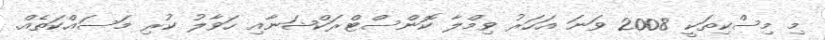
މި މިސްކިތަކީ 2008 ވަނަ އަހަރު ވިމްލާ ކޮންސްޓްރަކްޝަނާއި ހަވާލު ކުރި މަސައްކަތެއް.